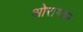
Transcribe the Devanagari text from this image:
ओरागडम